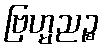
ဗြဟ္မညဉ္စ